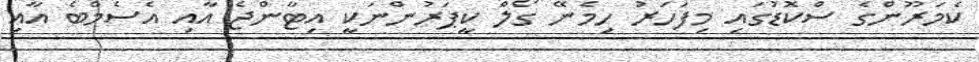
ކެމަރޫންގެ ސްކޮޑުގައި މިފަހަރު ހިމެނޭ ގޯލް ކީޕަރުންނަކީ އިޓާންޖެ އާއި އެސެމްބެ އާއި